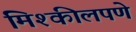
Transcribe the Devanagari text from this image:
मिश्कीलपणे